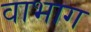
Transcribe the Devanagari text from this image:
वाभाग